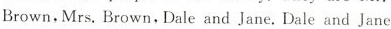
Brown.Mrs.Brown,Dale and Jane. Dale and Jane